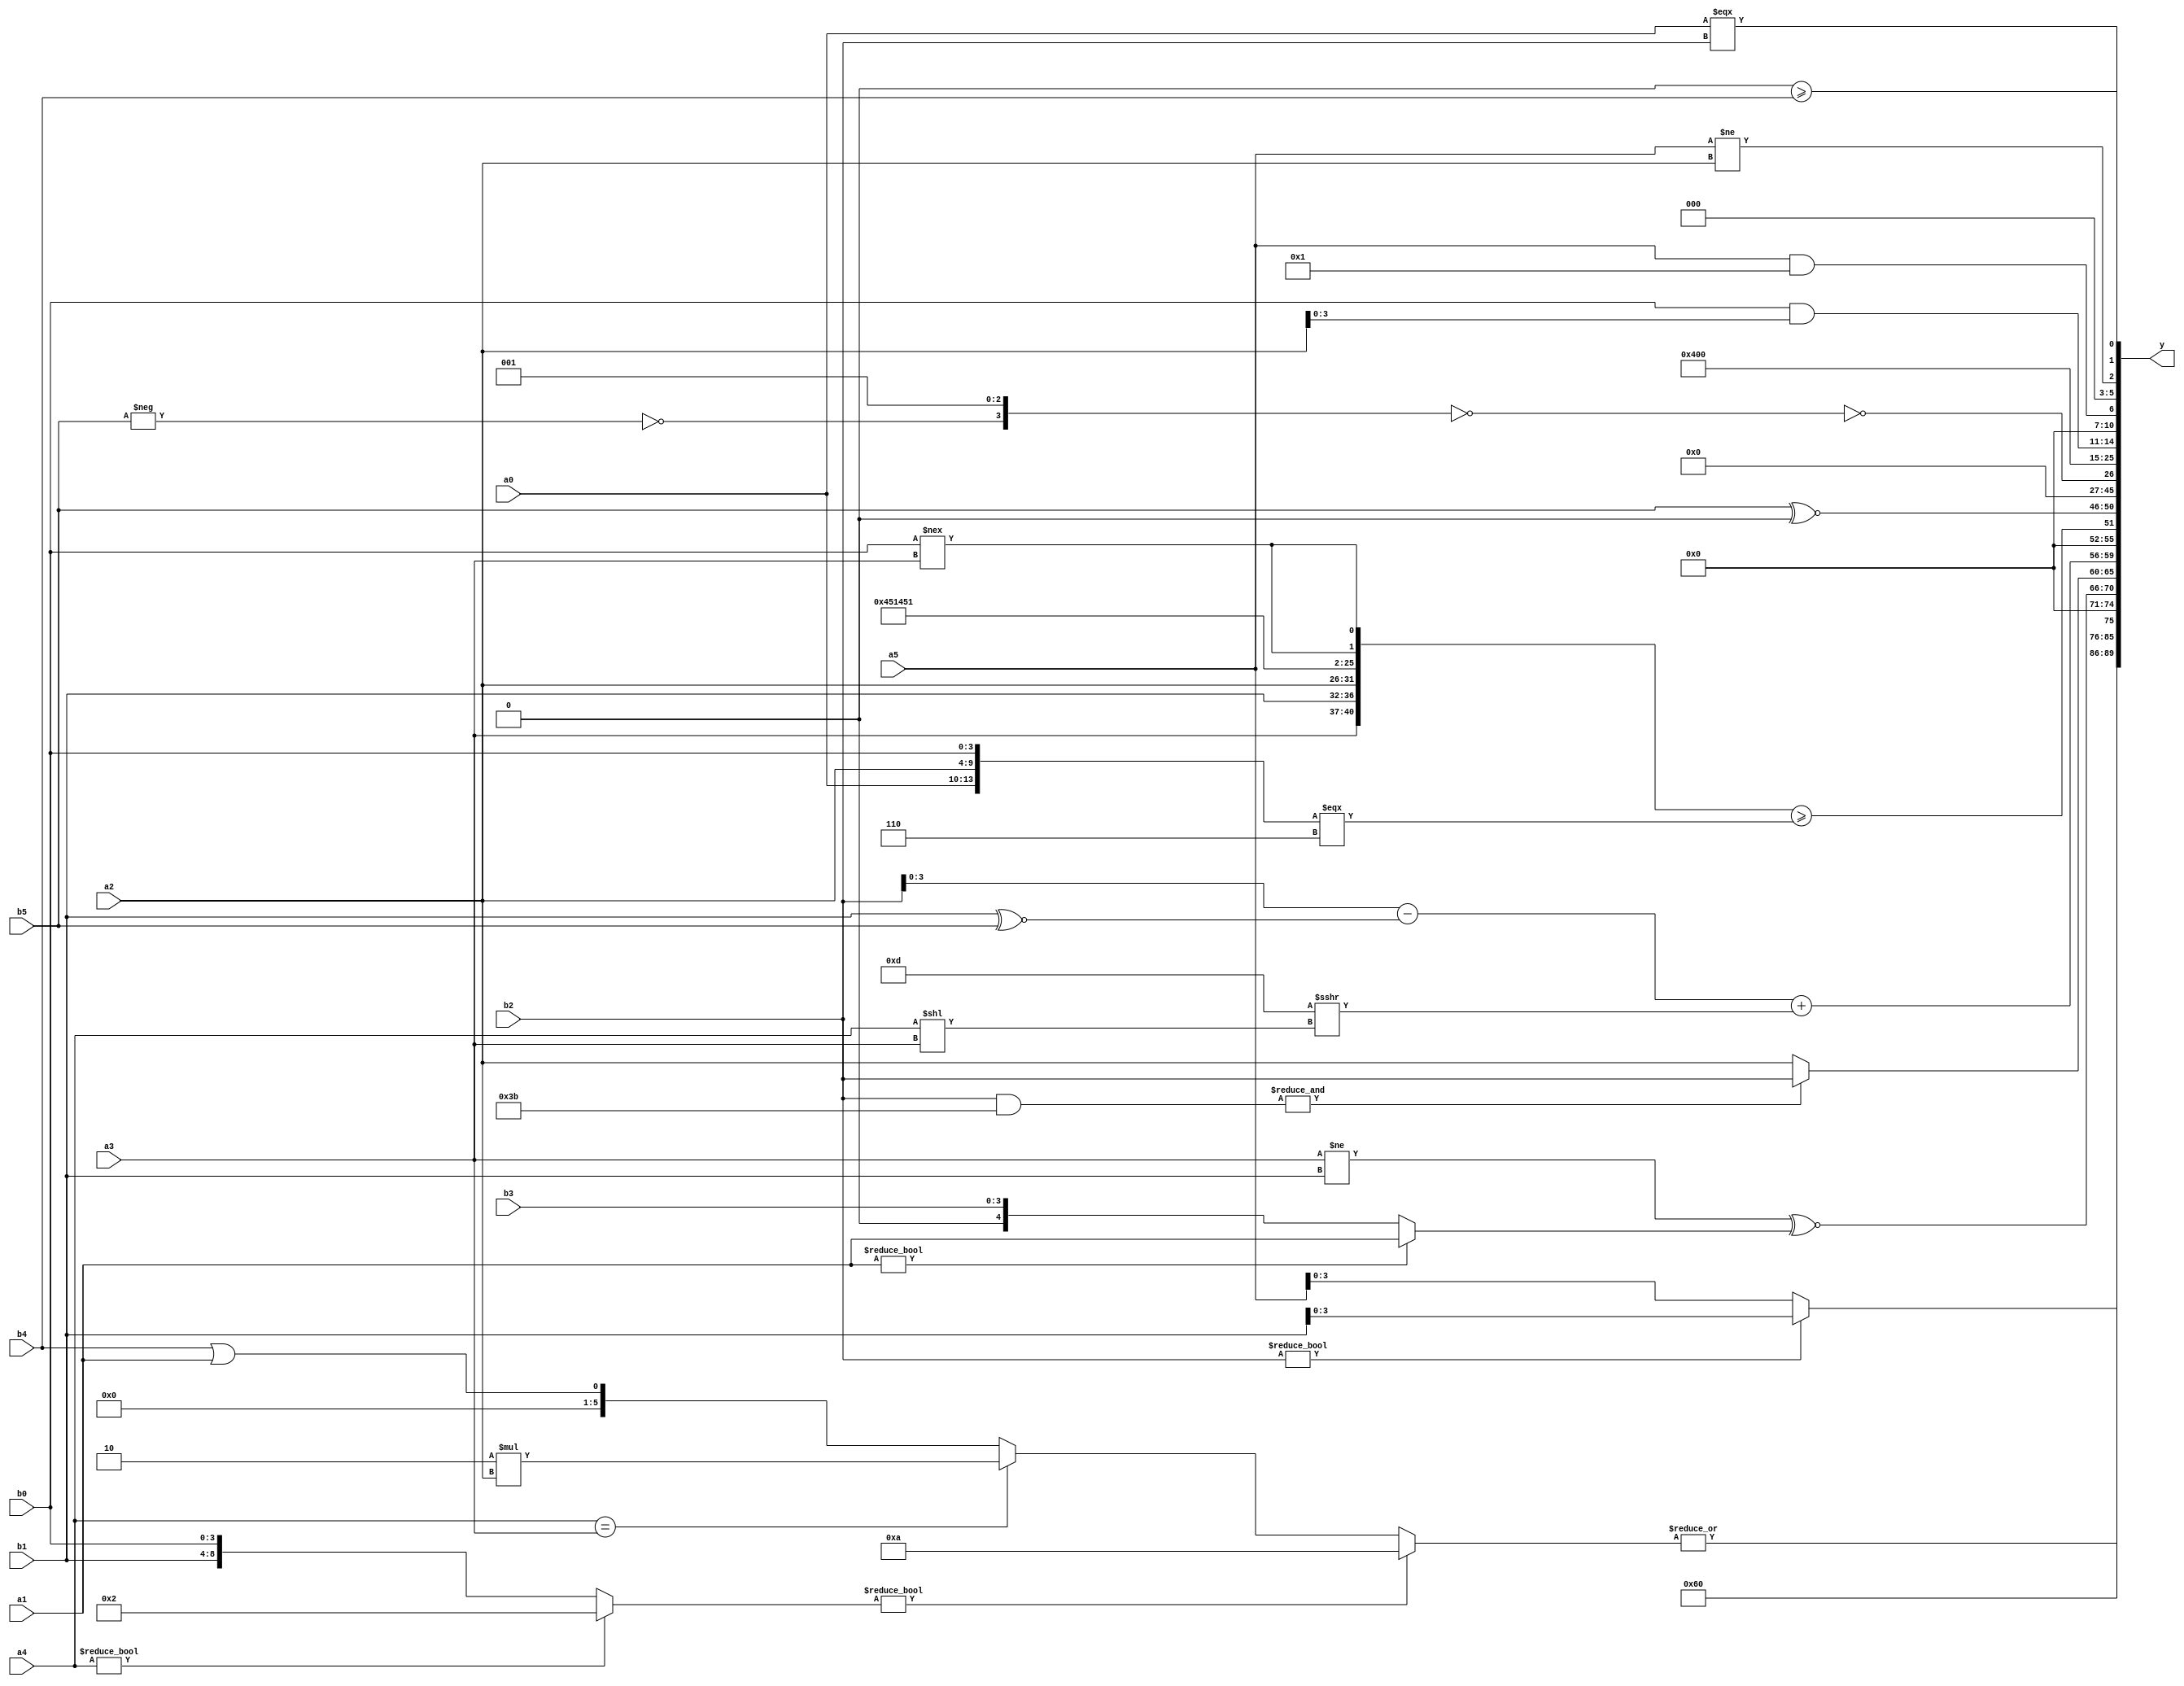
module expression_00026(a0, a1, a2, a3, a4, a5, b0, b1, b2, b3, b4, b5, y);
  input [3:0] a0;
  input [4:0] a1;
  input [5:0] a2;
  input signed [3:0] a3;
  input signed [4:0] a4;
  input signed [5:0] a5;

  input [3:0] b0;
  input [4:0] b1;
  input [5:0] b2;
  input signed [3:0] b3;
  input signed [4:0] b4;
  input signed [5:0] b5;

  wire [3:0] y0;
  wire [4:0] y1;
  wire [5:0] y2;
  wire signed [3:0] y3;
  wire signed [4:0] y4;
  wire signed [5:0] y5;
  wire [3:0] y6;
  wire [4:0] y7;
  wire [5:0] y8;
  wire signed [3:0] y9;
  wire signed [4:0] y10;
  wire signed [5:0] y11;
  wire [3:0] y12;
  wire [4:0] y13;
  wire [5:0] y14;
  wire signed [3:0] y15;
  wire signed [4:0] y16;
  wire signed [5:0] y17;

  output [89:0] y;
  assign y = {y0,y1,y2,y3,y4,y5,y6,y7,y8,y9,y10,y11,y12,y13,y14,y15,y16,y17};

  localparam [3:0] p0 = (((2'd1)>>>(4'd14))&&((~&{(4'sd5),(-4'sd2),(-3'sd3)})&(^((3'd6)<<<(4'd14)))));
  localparam [4:0] p1 = ((3'sd3)>={(-4'sd1),(5'sd5),(5'd2)});
  localparam [5:0] p2 = ((((3'd5)>>(-3'sd2))+((5'sd2)<=(2'd3)))&&(((3'd0)>(2'd3))^~(4'd1)));
  localparam signed [3:0] p3 = (~(3'd2));
  localparam signed [4:0] p4 = ((6'd2 * ((3'd5)^~(4'd10)))<<<({3{(5'd21)}}<{1{(2'd1)}}));
  localparam signed [5:0] p5 = (((5'sd13)?(-4'sd4):(5'd18))?{(-4'sd1)}:((2'sd0)?(5'd24):(5'd14)));
  localparam [3:0] p6 = (~|({1{(-4'sd6)}}===(|(3'sd0))));
  localparam [4:0] p7 = (3'd0);
  localparam [5:0] p8 = (~((4'sd7)?(3'd4):(-5'sd5)));
  localparam signed [3:0] p9 = (~|(+({({(5'd30),(5'd5),(3'sd2)}>>>((-4'sd4)-(3'd6)))}+(^{((4'd9)<=(-5'sd14)),{(-4'sd3),(2'd0),(-2'sd0)}}))));
  localparam signed [4:0] p10 = ({(3'd3),((3'sd2)|(2'sd0))}||{{(2'sd0)},{(4'sd2),(2'd2)}});
  localparam signed [5:0] p11 = (~&{2{{4{(4'sd7)}}}});
  localparam [3:0] p12 = {2{{4{(-5'sd14)}}}};
  localparam [4:0] p13 = (((-2'sd0)^(-4'sd3))^((2'd3)<<<(5'd26)));
  localparam [5:0] p14 = ((5'd9)>=((2'sd0)!==(5'd5)));
  localparam signed [3:0] p15 = (|(&((-4'sd7)!=={2{(~(~(3'd1)))}})));
  localparam signed [4:0] p16 = (~|(((3'd6)&&(-5'sd12))?((-5'sd5)?(-5'sd5):(2'd3)):((2'sd0)?(3'sd1):(4'd4))));
  localparam signed [5:0] p17 = ({1{(4'd12)}}+{(2'd0),(-5'sd4),(4'sd5)});

  assign y0 = (b2?b1:a5);
  assign y1 = ({(p17?p3:p13),(p4<<p4),{2{p17}}}?(-{2{{p3}}}):((p7<p2)|(p15?p5:p12)));
  assign y2 = (|(({a4}?(2'd2):{b1,b0})?(5'sd10):{((a4==a3)?(4'd2 * a2):(b4||a1))}));
  assign y3 = $signed({2{((^(&$signed({p15,p12,p16}))))}});
  assign y4 = ((a3!=b1)^~(a1?a1:b3));
  assign y5 = ((&(b2&p8))?{b5,b2}:{b4,b1,a2});
  assign y6 = {1{$signed((($signed({2{b2}})-(b1^~b5))+((5'd13)>>>$signed((a4<<a3)))))}};
  assign y7 = ({{{a3,b1,a2},{4{p17}}},{2{(b0!==a3)}}}>=({(+a0),{a2,b0}}===(3'd6)));
  assign y8 = {(+({a0,p9,p16}&((p13+p1)<<{b3,p8,p12}))),{((b5)^~$unsigned(p7)),((-p8)&&(p15<p10))}};
  assign y9 = {{(p15>p17),{p0}},((p8==p0)+(p1+p7))};
  assign y10 = (!{(~&$unsigned({$signed(p12),{a2,p5},(b1?p16:p1)}))});
  assign y11 = ((~&(4'd10))?{3{(^p7)}}:((-p5)?$signed(p3):(p8<p2)));
  assign y12 = (!{(~{{(!(-b5)),(~&(^p14)),(|(~|p8))},(~|(|(+(~^(~|(~|(-p6)))))))})});
  assign y13 = ((4'd10)^~(3'd5));
  assign y14 = (~|({4{p3}}));
  assign y15 = (b0&a2);
  assign y16 = (a5&&p14);
  assign y17 = {(a5!=a2),(p9>=b4),(a0===b2)};
endmodule